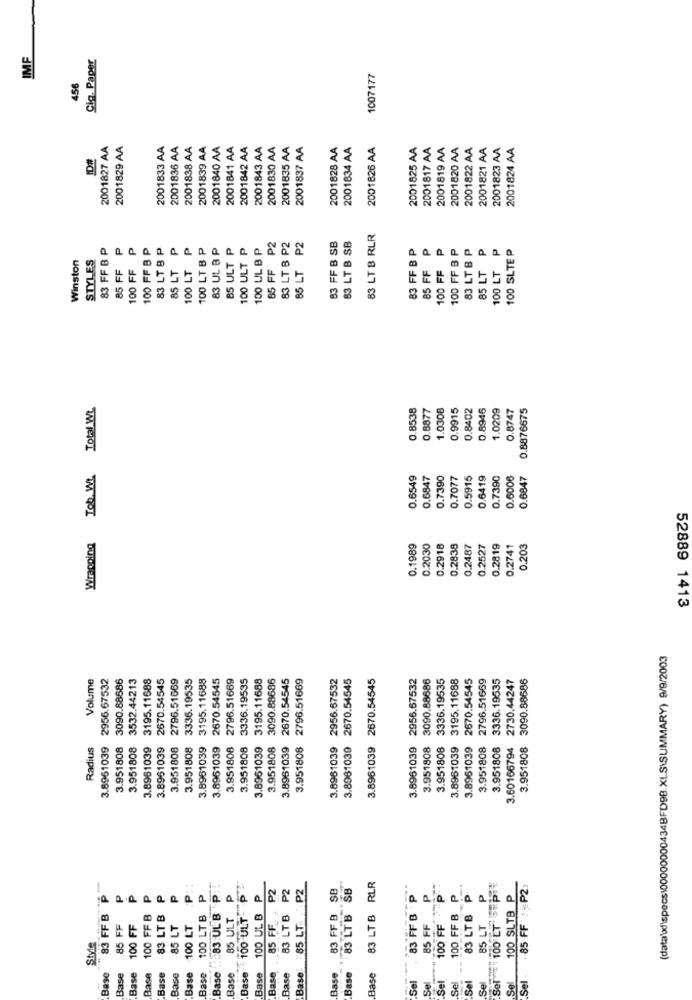
IMF
Cig. Paper
1007177
456
2001827 AA
2001829 AA
2001833 AA
2001836 AA
2001838 AA
2001839 AA
2001840 AA
2001841 AA
2001842 AA
2001843 AA
2001830 AA
2001835 AA
2001837 AA
2001828 AA
2001834 AA
2001826 AA
2001825 AA
2001817 AA
2001819 AA
2001820 AA
2001822 AA
2001821 AA
2001823 AA
2001824 AA
83 LT B RLR
83 FF B P
P
100 FF P
83 LT B P
P
100 LT P
83 UL B P
85 ULT P
100 ULT P
100 UL B P
85 FF P2
83 LT B P2
85 LT P2
83 FF B SB
83 LT B SB
83 FF B P
100 FF B P
83 LT B P
P
100 SLTE P
STYLES
100 FF B
85 FF
100 FF
85 LT
Winston
85 FF
85 LT
100 LT
Wragoing Tob. W. Total WL
0.8538
0.8877
1.0308
0.9915
0.8402
0.8945
1.0209
0.8747
0.8876675
0.6549
0.6847
0.7390
0.7077
0.5915
0.6419
0.7390
0.6006
0.6847
0.1989
0.2030
0.2918
0.2838
0.2487
0.2527
0.2819
0.2741
0.203
52889 1413
(data\ \specs 00000000434BFD9B.XLS\SUMMARY) 9/9/2003
Volume
3.8961039 2956.67532
3090.88686
3532.44213
3.8961039 3195.11688
2670.54545
2796.51669
3.951808 3336.19535
3195.11688
2670.54545
2796.51669
3336.19535
3195.11688
3090.88686
3.8961039 2670.54545
2796.51669
2956.67532
3.8981039 2670.54545
2670.54545
3.8961039 2956.67532
3090.88686
3336.19535
3.8951039 3195.11688
2670.54545
2796.51669
3336.19535
2730.44247
3.951808 3090.88686
Radius
3.951808
3.951808
3.8961039
3.951808
3.8961039
3.8961039
3.951808
3.951808
3.8961039
3.951808
3.951808
3.8961039
3.8961039
3.951808
3.951808
3.8961039
3.951808
3.951808
3.60166794
83 LT B RLR
Base :. 83 UL B P.
100 ULT
P2
P2
85 LT. ... P2
83 FF B SB
83 LTB SB
85 FF P2
P
P
P
P
P
100 UL B P
83 FF B P
P
100 FF P
83 LTB P
100 SLTB P
a
85 FF ..
100 FF B
85 LT
83 FF B
100 FF
100 FF B
83 LT B
100 LT
100 LT B
85 ULT
83 LT B
85 FF
85 FF
85 LT
Base
Base
Base
Base
Base
Base
Base
Bas
Base
Base
Base
Base
Base
Base
Base
Base
Base
Sel
Sel
Sel
Sel
Sel
Sel
Sel
Sel